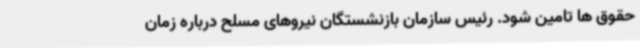
حقوق ها تامین شود. رئیس سازمان بازنشستگان نیروهای مسلح درباره زمان